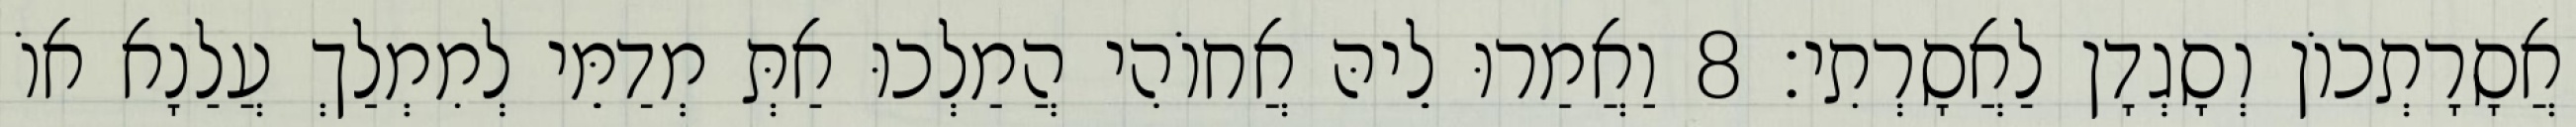
אֲסָרָתְכוֹן וְסָגְדָן לַאֲסָרְתִי׃ 8 וַאֲמַרוּ לֵיהּ אֲחוֹהִי הֲמַלְכוּ אַתְּ מְדַמֵּי לְמִמְלַךְ עֲלַנָא אוֹ